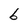
Character: b